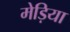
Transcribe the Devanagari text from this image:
मेड़िया